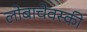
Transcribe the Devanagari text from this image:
लोबाचेवस्की